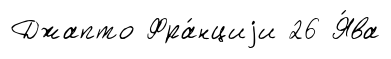
Джапто Фра́нциjи 26 Я́ва